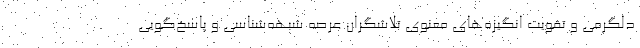
دلگرمی و تقویت انگیزه‌های معنوی تلاشگران عرصه شبهه‌شناسی و پاسخ‌گویی